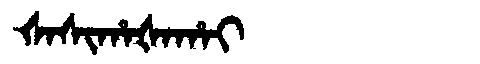
Manchu: ᡧᠠᠰᡳᡥᠠᡧᠠᡥᠠᡳ
Romanization: ŠASIHAŠAHAI